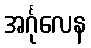
အင်္ဂုလေန